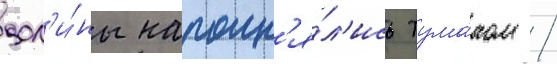
дол'и́ны наполн'я́л'ись тума́ном /